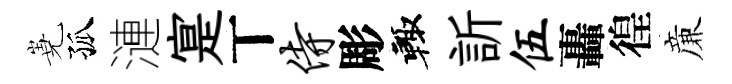
嶤孤漣寔丅侍彫輙訢伍轟徨亷